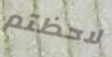
لاحظتم